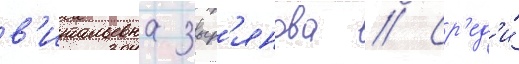
в'итальевна зыр'янова // Ср'ед'и́